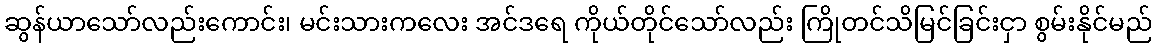
ဆွန်ယာသော်လည်းကောင်း၊ မင်းသားကလေး အင်ဒရေ ကိုယ်တိုင်သော်လည်း ကြိုတင်သိမြင်ခြင်းငှာ စွမ်းနိုင်မည်